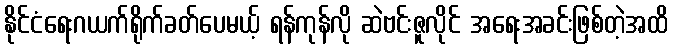
နိုင်ငံရေးဂယက်ရိုက်ခတ်ပေမယ့် ရန်ကုန်လို ဆဲဗင်းဇူလိုင် အရေးအခင်းဖြစ်တဲ့အထိ